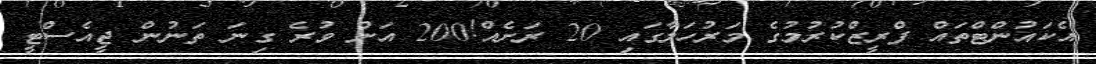
އެކައުންޓްތައް ފްރީޒްކުރުމުގެ މަރުހަލާގައި 20 ރަށެއް!200 އަށް ވުރެ ގިނަ ތަނުން ޖީއެސްޓީ